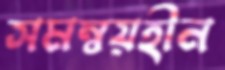
সমম্বয়হীন